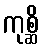
ကုစ္ဆိ